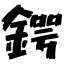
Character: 鍔